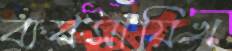
ব্যবসায়িখ